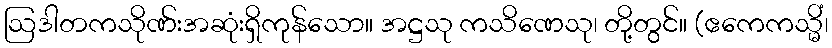
ဩဒါတကသိုဏ်းအဆုံးရှိကုန်သော။ အဋ္ဌသု ကသိဏေသု၊ တို့တွင်။ (ဧကေကသ္မိံ၊